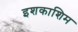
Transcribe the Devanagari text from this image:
इशकाशिम